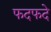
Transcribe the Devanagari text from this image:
फदफदे